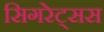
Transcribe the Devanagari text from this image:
सिगरेट्सस